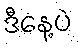
ဒီနေ့ပဲ